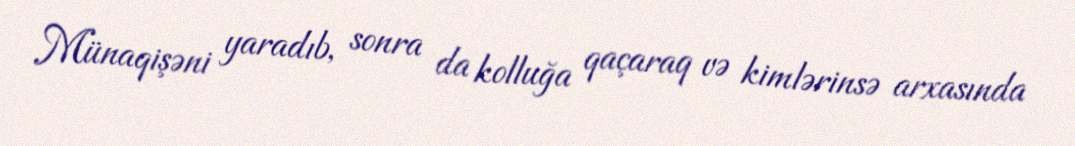
Münaqişəni yaradıb, sonra da kolluğa qaçaraq və kimlərinsə arxasında